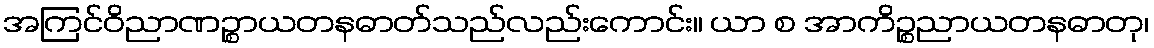
အကြင်ဝိညာဏဉ္စာယတနဓာတ်သည်လည်းကောင်း။ ယာ စ အာကိဉ္စညာယတနဓာတု၊